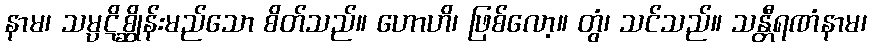
နာမ၊ သမ္ပဋိစ္ဆိုန်းမည်သော စိတ်သည်။ ဟောဟိ၊ ဖြစ်လော့။ တွံ၊ သင်သည်။ သန္တီရဏံနာမ၊